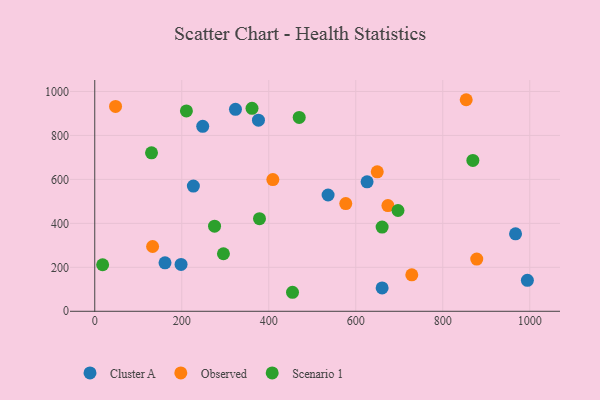
{"axis": {"x": "Experience", "y": "Salary"}, "legend": ["Cluster A", "Observed", "Scenario 1"], "data": [{"x": "323.5", "y": 918.8, "type": "Cluster A"}, {"x": "994.5", "y": 141.0, "type": "Cluster A"}, {"x": "967.3", "y": 352.2, "type": "Cluster A"}, {"x": "660.6", "y": 106.2, "type": "Cluster A"}, {"x": "248.2", "y": 841.3, "type": "Cluster A"}, {"x": "626.0", "y": 589.0, "type": "Cluster A"}, {"x": "536.4", "y": 528.9, "type": "Cluster A"}, {"x": "376.3", "y": 869.6, "type": "Cluster A"}, {"x": "198.4", "y": 213.0, "type": "Cluster A"}, {"x": "226.7", "y": 569.8, "type": "Cluster A"}, {"x": "161.5", "y": 220.4, "type": "Cluster A"}, {"x": "728.8", "y": 165.8, "type": "Observed"}, {"x": "673.9", "y": 480.9, "type": "Observed"}, {"x": "878.1", "y": 237.3, "type": "Observed"}, {"x": "577.0", "y": 489.9, "type": "Observed"}, {"x": "133.0", "y": 294.8, "type": "Observed"}, {"x": "649.4", "y": 634.5, "type": "Observed"}, {"x": "47.8", "y": 931.8, "type": "Observed"}, {"x": "853.9", "y": 962.4, "type": "Observed"}, {"x": "409.4", "y": 599.2, "type": "Observed"}, {"x": "697.1", "y": 458.4, "type": "Scenario 1"}, {"x": "18.1", "y": 211.7, "type": "Scenario 1"}, {"x": "869.2", "y": 686.5, "type": "Scenario 1"}, {"x": "378.7", "y": 421.2, "type": "Scenario 1"}, {"x": "295.8", "y": 261.7, "type": "Scenario 1"}, {"x": "660.6", "y": 383.0, "type": "Scenario 1"}, {"x": "470.0", "y": 882.0, "type": "Scenario 1"}, {"x": "454.6", "y": 86.5, "type": "Scenario 1"}, {"x": "210.7", "y": 911.5, "type": "Scenario 1"}, {"x": "361.5", "y": 923.2, "type": "Scenario 1"}, {"x": "275.4", "y": 387.4, "type": "Scenario 1"}, {"x": "130.5", "y": 720.9, "type": "Scenario 1"}]}